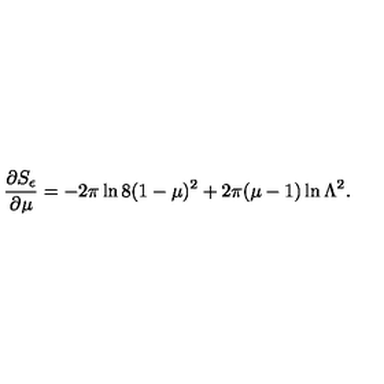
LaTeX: \frac { \partial S _ { \epsilon } } { \partial \mu } = - 2 \pi \ln 8 ( 1 - \mu ) ^ { 2 } + 2 \pi ( \mu - 1 ) \ln \Lambda ^ { 2 } .